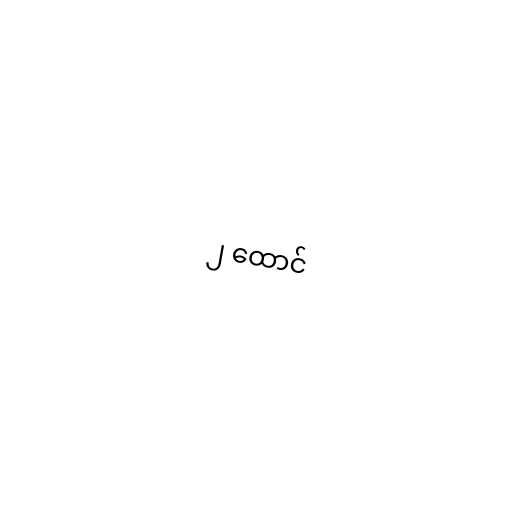
၂ ထောင်